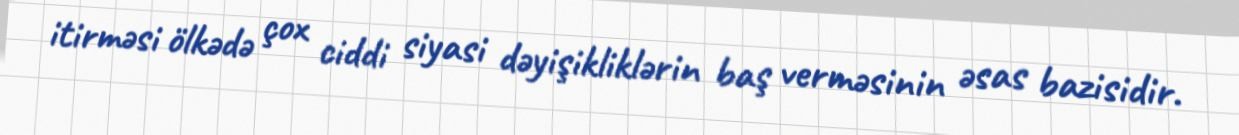
itirməsi ölkədə çox ciddi siyasi dəyişikliklərin baş verməsinin əsas bazisidir.